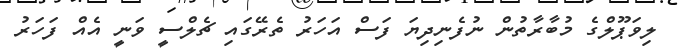
ލިވަޕޫލްގެ މުބާރާތުން ނުފެނިދިޔަ ފަސް އަހަރު ތެރޭގައި ޗެލްސީ ވަނީ އެއް ފަހަރު